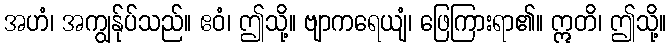
အဟံ၊ အကျွန်ုပ်သည်။ ဧဝံ၊ ဤသို့။ ဗျာကရေယျံ၊ ဖြေကြားရာ၏။ ဣတိ၊ ဤသို့။